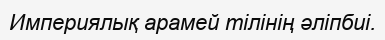
Империялық арамей тілінің әліпбиі.